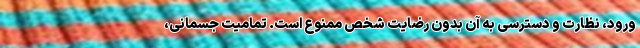
ورود، نظارت و دسترسی به آن بدون رضایت شخص ممنوع است. تمامیت جسمانی،